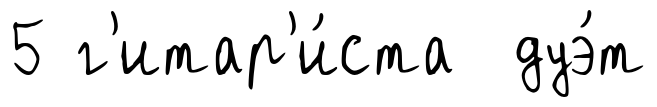
5 г'итар'и́ста дуэ́т